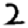
Digit: 2